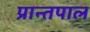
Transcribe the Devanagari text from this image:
प्रान्तपाल